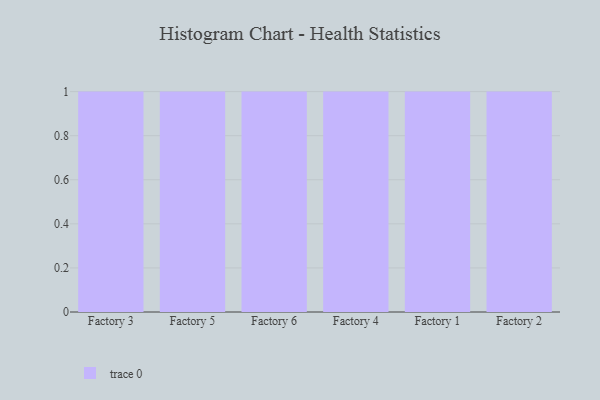
{"axis": {"x": "Factory", "y": "Active Users"}, "legend": [""], "data": [{"x": "Factory 3", "y": 18, "type": ""}, {"x": "Factory 5", "y": 68, "type": ""}, {"x": "Factory 6", "y": 72, "type": ""}, {"x": "Factory 4", "y": 91, "type": ""}, {"x": "Factory 1", "y": 6, "type": ""}, {"x": "Factory 2", "y": 50, "type": ""}]}